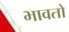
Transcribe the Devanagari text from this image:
भावतो